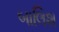
બાલિશ